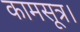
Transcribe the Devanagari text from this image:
कामसूत्र।